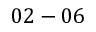
0 2 - 0 6